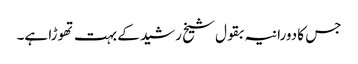
جس کا دورانیہ بقول شیخ رشید کے بہت تھوڑا ہے۔